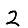
Digit: 2